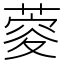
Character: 𦶨